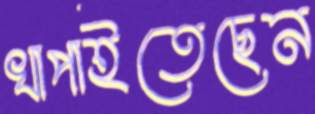
খাপাইতেছেন